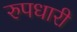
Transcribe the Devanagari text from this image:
रुपधारी